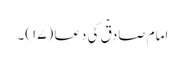
امام صادقؑ کی دعا (۱۷)۔